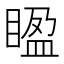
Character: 𥈱